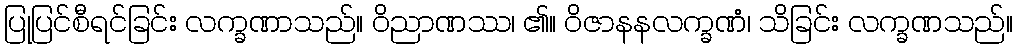
ပြုပြင်စီရင်ခြင်း လက္ခဏာသည်။ ဝိညာဏဿ၊ ၏။ ဝိဇာနနလက္ခဏံ၊ သိခြင်း လက္ခဏသည်။